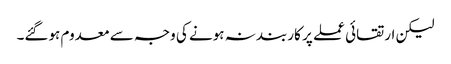
لیکن ارتقائی عملے پر کاربند نہ ہونے کی وجہ سے معدوم ہوگئے۔